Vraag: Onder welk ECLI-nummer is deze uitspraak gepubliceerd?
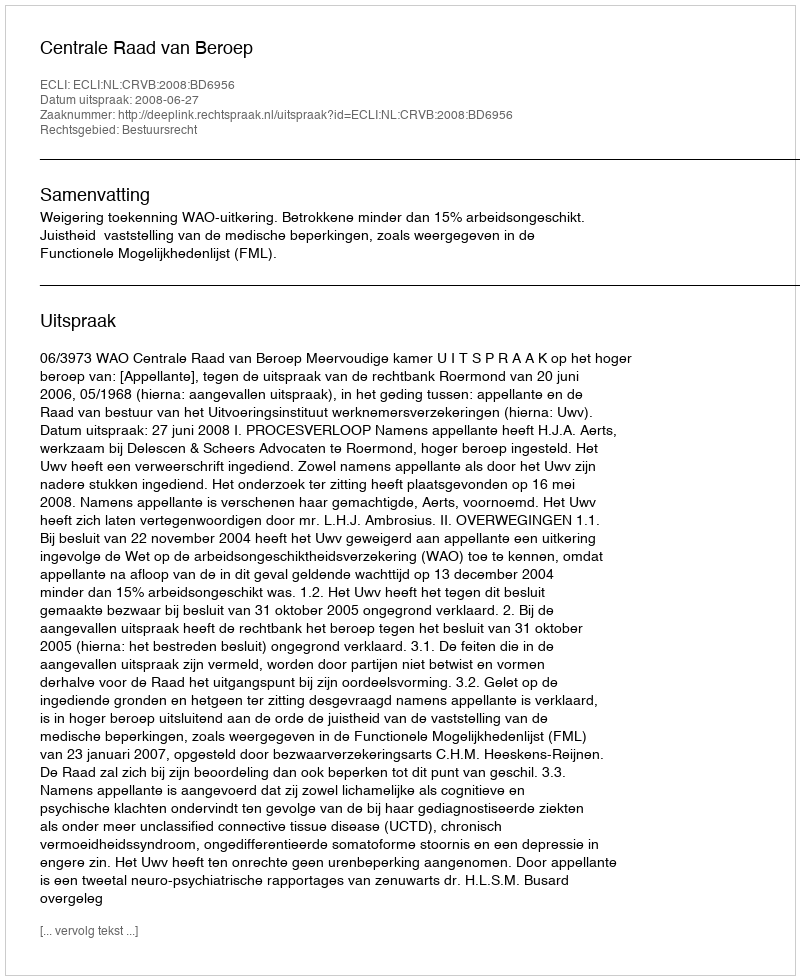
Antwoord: ECLI:NL:CRVB:2008:BD6956